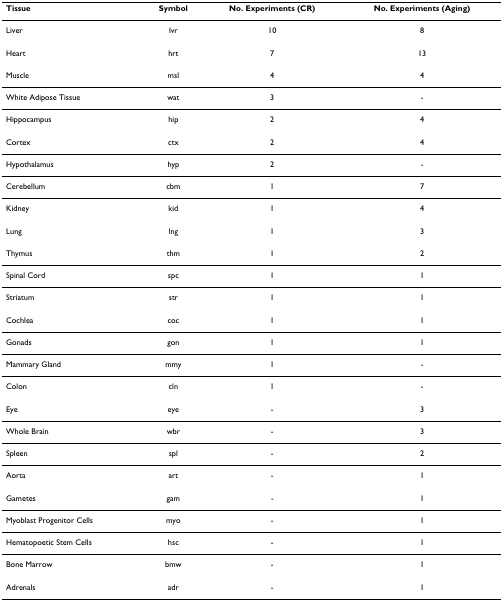
| Tissue | Symbol | No. Experiments (CR) | No. Experiments (Aging) |
 | --- | --- | --- | --- |
 | Liver | lvr | 10 | 8 |
 | Heart | hrt | 7 | 13 |
 | Muscle | msl | 4 | 4 |
 | White Adipose Tissue | wat | 3 | - |
 | Hippocampus | hip | 2 | 4 |
 | Cortex | ctx | 2 | 4 |
 | Hypothalamus | hyp | 2 | - |
 | Cerebellum | cbm | 1 | 7 |
 | Kidney | kid | 1 | 4 |
 | Lung | lng | 1 | 3 |
 | Thymus | thm | 1 | 2 |
 | Spinal Cord | spc | 1 | 1 |
 | Striatum | str | 1 | 1 |
 | Cochlea | coc | 1 | 1 |
 | Gonads | gon | 1 | 1 |
 | Mammary Gland | mmy | 1 | - |
 | Colon | cln | 1 | - |
 | Eye | eye | - | 3 |
 | Whole Brain | wbr | - | 3 |
 | Spleen | spl | - | 2 |
 | Aorta | art | - | 1 |
 | Gametes | gam | - | 1 |
 | Myoblast Progenitor Cells | myo | - | 1 |
 | Hematopoetic Stem Cells | hsc | - | 1 |
 | Bone Marrow | bmw | - | 1 |
 | Adrenals | adr | - | 1 |